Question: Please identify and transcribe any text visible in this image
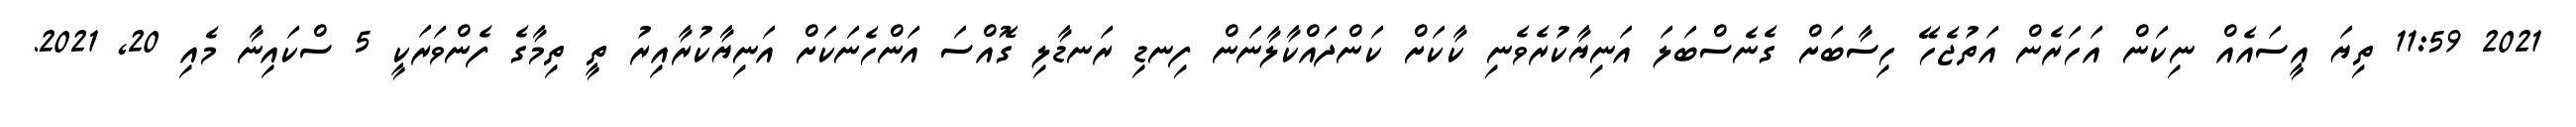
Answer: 2021 11:59 ތިޔަ އީސައެއް ނިކަން އަހަރެން އަތުޖެހޭ ހިސާބަށް ގެނެސްބަލަ އަނިޔާކުރެވެނި ކާކަށް ކަންދައްކާލާނަން ފިނޑި ރަނޑާލި ގޮއްސަ އަންހެނަކަށް އަނިޔާކުރާއިރު ތީ ތިމާގެ ފެންވަރަކީ 5 ސްކައިނާ މެއި 20, 2021.